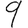
Digit: 9